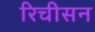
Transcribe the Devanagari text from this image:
रिचीसन